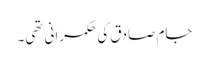
جام صادق کی حکمرانی تھی۔